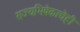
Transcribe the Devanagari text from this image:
राज्यभिषेकाचेही